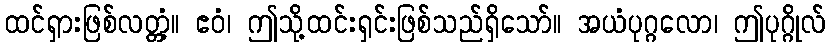
ထင်ရှားဖြစ်လတ္တံ့။ ဧဝံ၊ ဤသို့ထင်းရှင်းဖြစ်သည်ရှိသော်။ အယံပုဂ္ဂလော၊ ဤပုဂ္ဂိုလ်